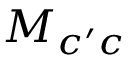
M _ { c ^ { \prime } c }